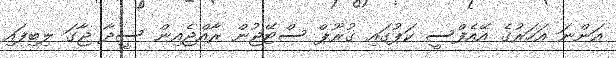
އަންނަ އަހަރުގެ އޭއެފްސީ ކަޕުގައި ގުރޫޕް ސްޓޭޖުން ރާއްޖެއިން ސީދާ ޖާގަ ލިބިފައި